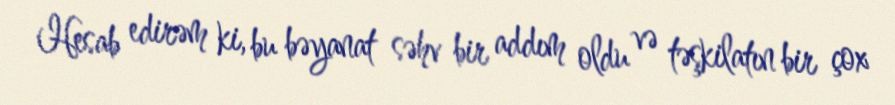
Hesab edirəm ki, bu bəyanat səhv bir addım oldu və təşkilatın bir çox